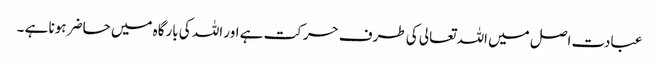
عبادت اصل میں اللہ تعالی کی طرف حرکت ہے اور اللہ کی بارگاہ میں حاضر ہونا ہے ۔